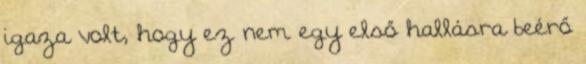
igaza volt, hogy ez nem egy első hallásra beérő